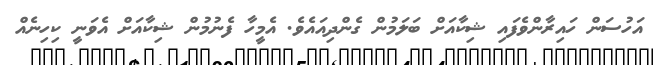
އަހުސަން ހައިރާންވެފައި ޝިކާއަށް ބަލަމުން ގެންދިއައެވެ. އެމީހާ ފެނުމުން ޝިކާއަށް އެވަނީ ކިހިނެއް